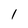
Character: 1